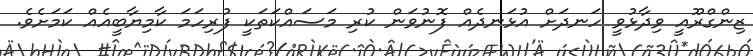
ޒިންގްރޫއީ ވިދާޅުވީ ހަނދަށް އުޅަނދެއް ފޮނުވަން ކުރި މަސައްކަތަކީ ފުރިހަމަ ކާމިޔާބީއެއް ކަމަށެވެ.